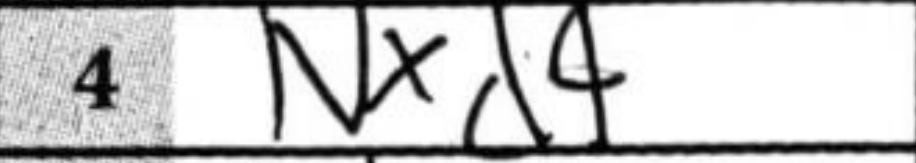
Transcription: Nxd4